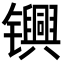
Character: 𬮀